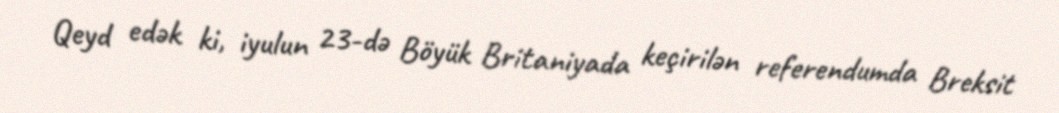
Qeyd edək ki, iyulun 23-də Böyük Britaniyada keçirilən referendumda Breksit